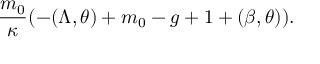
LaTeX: \frac { m _ { 0 } } { \kappa } ( - ( \Lambda , \theta ) + m _ { 0 } - g + 1 + ( \beta , \theta ) ) .